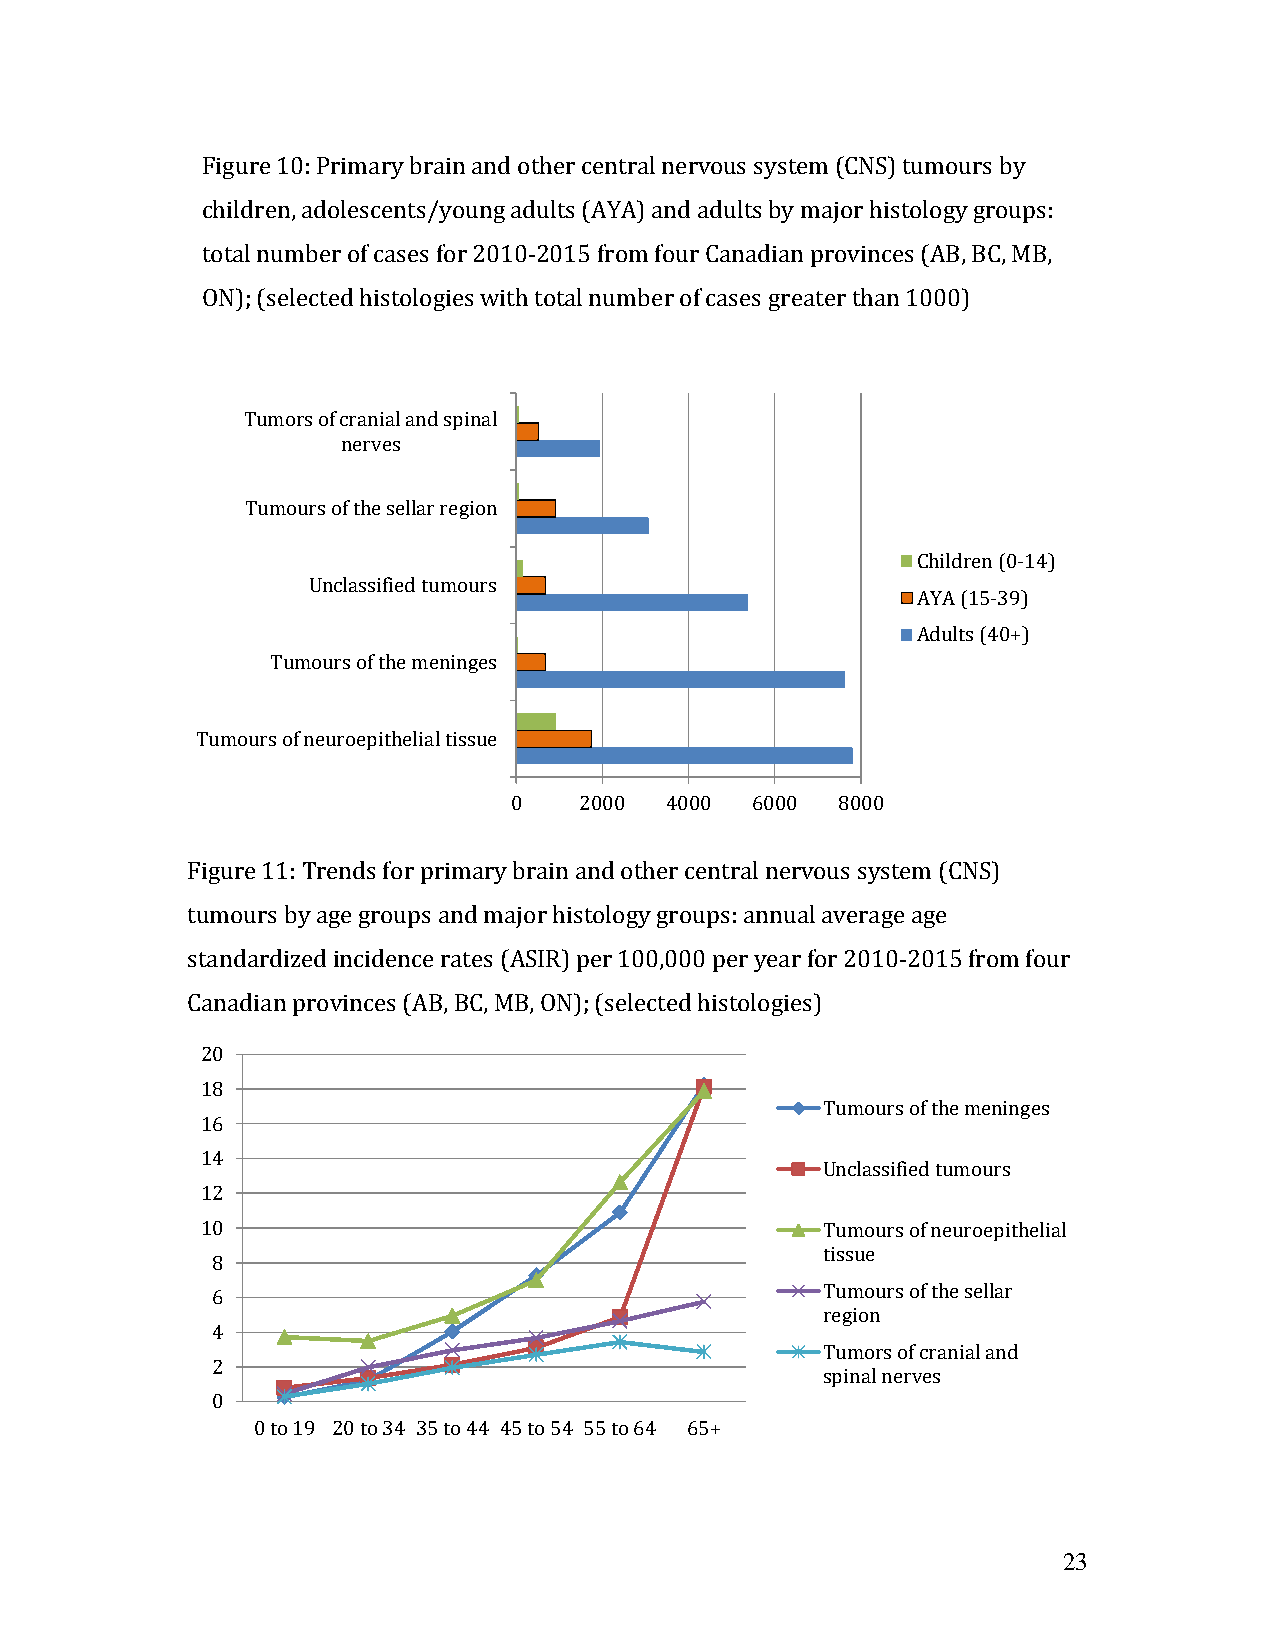
Figure 10: Primary brain and other central nervous system (CNS) tumours by
 children, adolescents/young adults (AYA) and adults by major histology groups:
 total number of cases for 2010-2015 from four Canadian provinces (AB, BC, MB,
 ON); (selected histologies with total number of cases greater than 1000)
 Tumors of cranial and spinal
 nerves
 Tumours of the sellar region
 Children (0-14)
 Unclassified tumours
 AYA (15-39)
 Adults (40+)
 Tumours of the meninges
 Tumours of neuroepithelial tissue
 0   2000  4000  6000 8000
 Figure 11: Trends for primary brain and other central nervous system (CNS)
 tumours by age groups and major histology groups: annual average age
 standardized incidence rates (ASIR) per 100,000 per year for 2010-2015 from four
 Canadian provinces (AB, BC, MB, ON); (selected histologies)
 20
 18
 Tumours of the meninges
 16
 14
 Unclassified tumours
 12
 10                                       Tumours of neuroepithelial
 tissue
 8
 Tumours of the sellar
 6
 region
 4
 Tumors of cranial and
 2
 spinal nerves
 0
 0 to 19 20 to 34 35 to 44 45 to 54 55 to 64 65+
 23